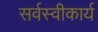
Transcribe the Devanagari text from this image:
सर्वस्वीकार्य